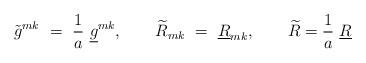
LaTeX: \begin{align*}\tilde{g}^{mk}\ =\ {1\over a}\ \underline{g}^{mk},\qquad\widetilde{R}_{mk}\ =\ \underline{R}_{mk},\qquad\widetilde{R}={1\over a}\ \underline{R} \end{align*}